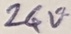
Text: 24V